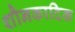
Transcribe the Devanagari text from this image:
शौनकादिक